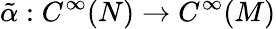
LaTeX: \tilde{\alpha}:C^{\infty}(N)\to C^{\infty}(M)